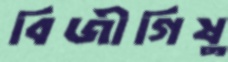
বিজীগিষু